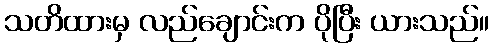
သတိထားမှ လည်ချောင်းက ပိုပြီး ယားသည်။